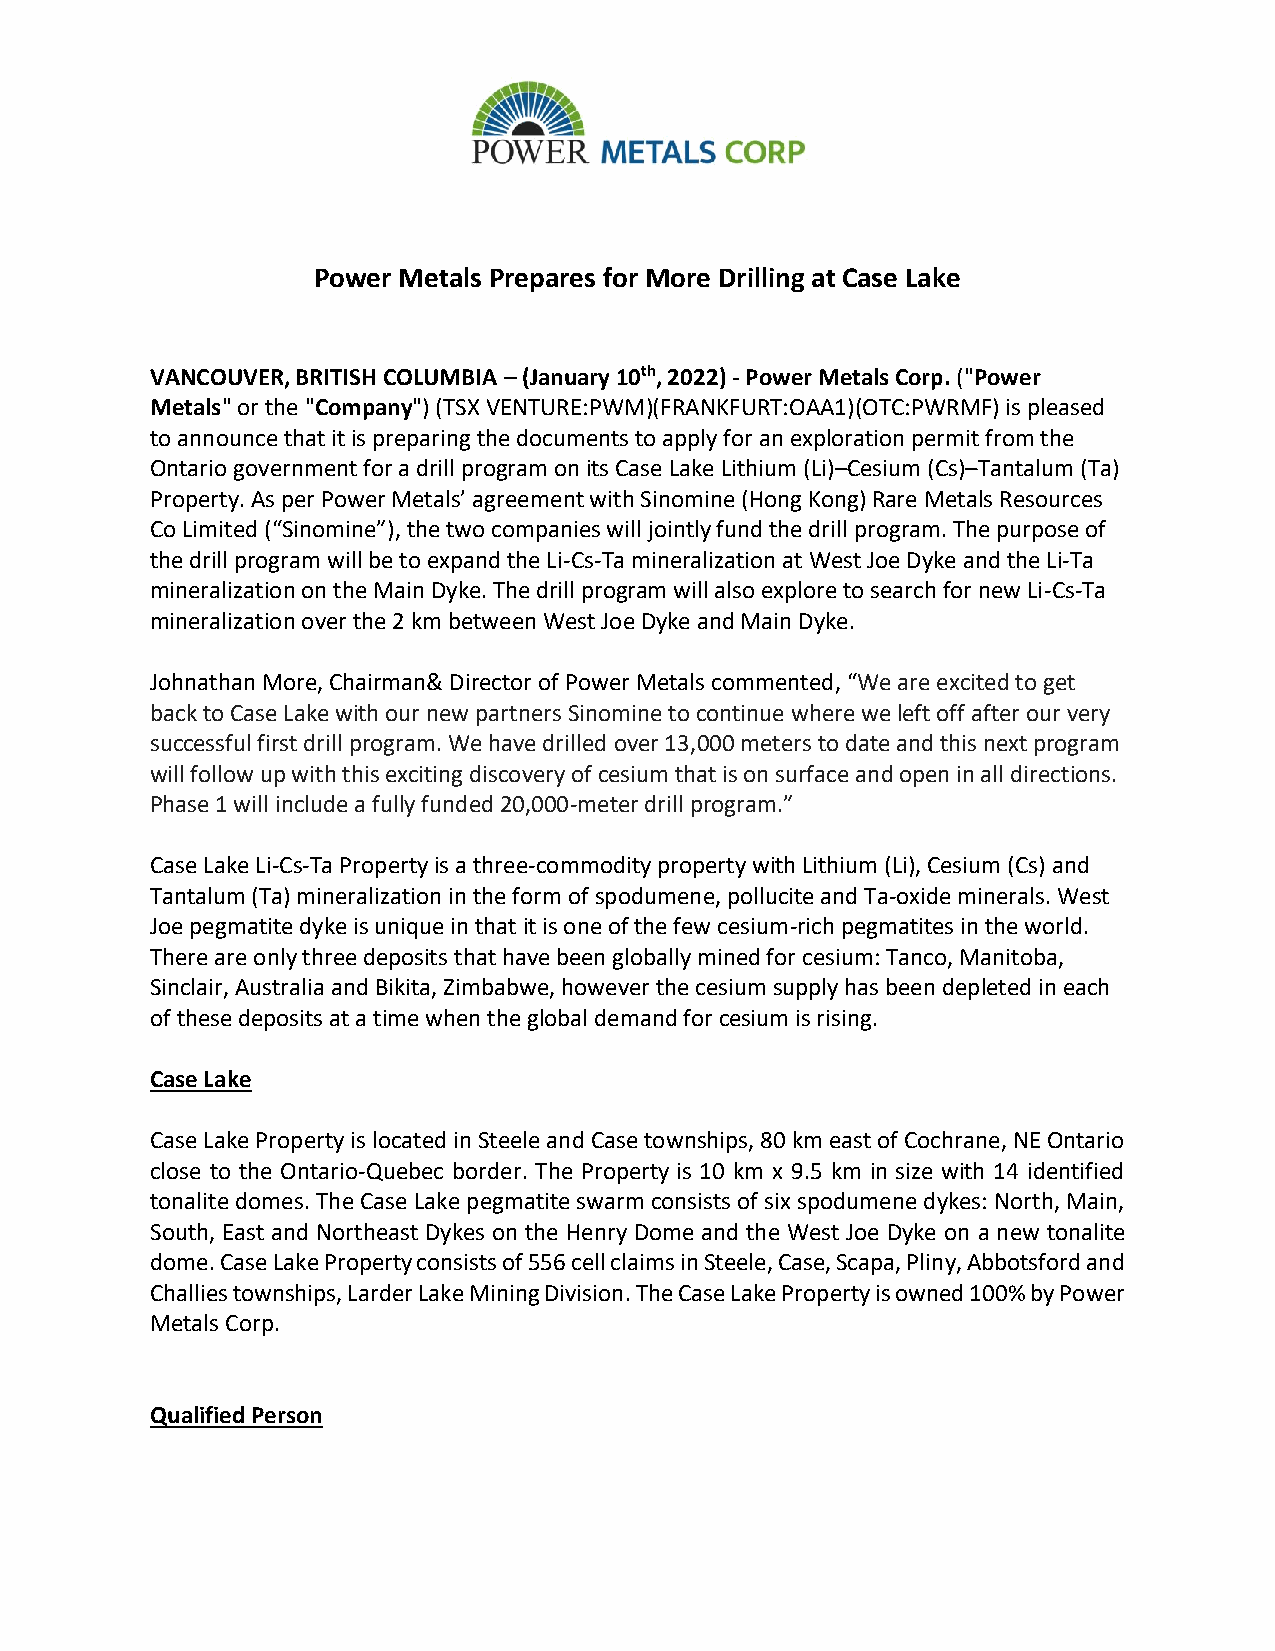
Power Metals Prepares for More Drilling at Case Lake
 VANCOUVER, BRITISH COLUMBIA – (January 10th, 2022) - Power Metals Corp. ("Power
 Metals" or the "Company") (TSX VENTURE:PWM)(FRANKFURT:OAA1)(OTC:PWRMF) is pleased
 to announce that it is preparing the documents to apply for an exploration permit from the
 Ontario government for a drill program on its Case Lake Lithium (Li)–Cesium (Cs)–Tantalum (Ta)
 Property. As per Power Metals’ agreement with Sinomine (Hong Kong) Rare Metals Resources
 Co Limited (“Sinomine”), the two companies will jointly fund the drill program. The purpose of
 the drill program will be to expand the Li-Cs-Ta mineralization at West Joe Dyke and the Li-Ta
 mineralization on the Main Dyke. The drill program will also explore to search for new Li-Cs-Ta
 mineralization over the 2 km between West Joe Dyke and Main Dyke.
 Johnathan More, Chairman& Director of Power Metals commented, “We are excited to get
 back to Case Lake with our new partners Sinomine to continue where we left off after our very
 successful first drill program. We have drilled over 13,000 meters to date and this next program
 will follow up with this exciting discovery of cesium that is on surface and open in all directions.
 Phase 1 will include a fully funded 20,000-meter drill program.”
 Case Lake Li-Cs-Ta Property is a three-commodity property with Lithium (Li), Cesium (Cs) and
 Tantalum (Ta) mineralization in the form of spodumene, pollucite and Ta-oxide minerals. West
 Joe pegmatite dyke is unique in that it is one of the few cesium-rich pegmatites in the world.
 There are only three deposits that have been globally mined for cesium: Tanco, Manitoba,
 Sinclair, Australia and Bikita, Zimbabwe, however the cesium supply has been depleted in each
 of these deposits at a time when the global demand for cesium is rising.
 Case Lake
 Case Lake Property is located in Steele and Case townships, 80 km east of Cochrane, NE Ontario
 close to the Ontario-Quebec border. The Property is 10 km x 9.5 km in size with 14 identified
 tonalite domes. The Case Lake pegmatite swarm consists of six spodumene dykes: North, Main,
 South, East and Northeast Dykes on the Henry Dome and the West Joe Dyke on a new tonalite
 dome. Case Lake Property consists of 556 cell claims in Steele, Case, Scapa, Pliny, Abbotsford and
 Challies townships, Larder Lake Mining Division. The Case Lake Property is owned 100% by Power
 Metals Corp.
 Qualified Person